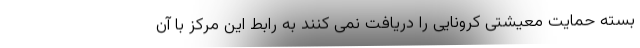
بسته حمایت معیشتی کرونایی را دریافت نمی کنند به رابط این مرکز با آن